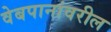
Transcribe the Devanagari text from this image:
वेबपानांवरील